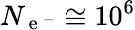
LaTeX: N_{\mathrm{~e~}^{-}}\cong 10^{6}